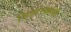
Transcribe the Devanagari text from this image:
सितारखानी